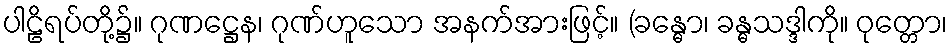
ပါဠိရပ်တို့၌။ ဂုဏဋ္ဌေန၊ ဂုဏ်ဟူသော အနက်အားဖြင့်။ (ခန္ဓော၊ ခန္ဓသဒ္ဒါကို။ ဝုတ္တော၊